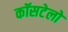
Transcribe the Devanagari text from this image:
कॉसटेलो